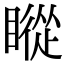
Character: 瞛